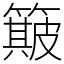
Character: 簸